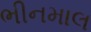
ભીનમાલ